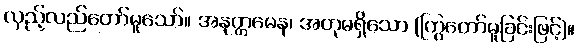
လှည့်လည်တော်မူသော်။ အနုတ္တမေန၊ အတုမရှိသော (ကြွတော်မူခြင်းဖြင့်)။